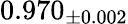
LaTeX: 0.970_{\pm 0.002}